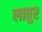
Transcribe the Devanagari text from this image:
लातुर